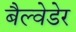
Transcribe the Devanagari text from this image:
बैल्वेडेर